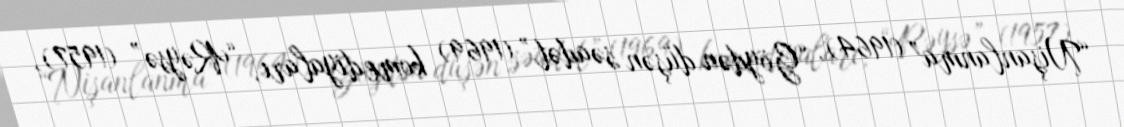
“Nişanlanma” (1964), “Göydən düşən səadət” (1969) komediyaları, “Rəysə” (1957),